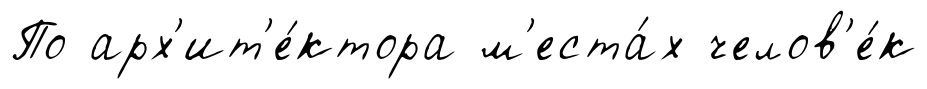
По арх'ит'е́ктора м'еста́х челов'е́к